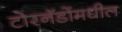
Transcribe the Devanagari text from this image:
टोरनॅडोंमधील